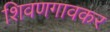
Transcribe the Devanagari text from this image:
शिवणगावकर